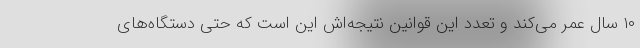
۱۰ سال عمر می‌کند و تعدد این قوانین نتیجه‌اش این است که حتی دستگاه‌های